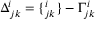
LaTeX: \Delta _ { j k } ^ { i } = \{ _ { j k } ^ { i } \} - \Gamma _ { j k } ^ { i }